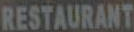
RESTAURANT